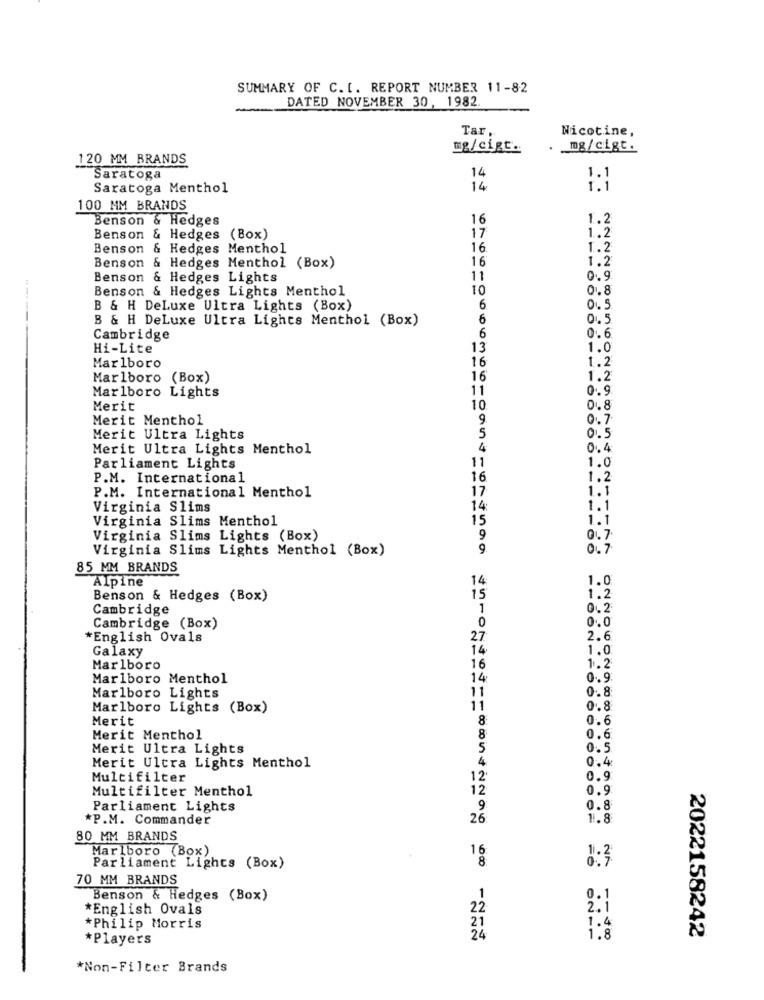
SUMMARY OF C.[. REPORT NUMBER 11-82
DATED NOVEMBER 30, 1982.
Tar
Nicotine,
mg/cigt.
mg/cigt.
120 MM BRANDS
Saratoga
14
1.1
Saratoga Menthol
14
1.1
100 MM BRANDS
Benson & Hedges
16
1.2
1.2
Benson & Hedges (Box)
17
Benson & Hedges Menthol
16
1.2
16
1.2
Benson & Hedges Menthol (Box)
Benson & Hedges Lights
11
0.9
Benson & Hedges Lights Menthol
10
01.8
B & H DeLuxe Ultra Lights (Box)
6.
0. 5
B & H DeLuxe Ultra Lights Menthol (Box)
6
Cambridge
6
0.6
Hi-Lite
13
1.0
16
1.2
Marlboro
Marlboro (Box)
16
1.2
11
0.9
Marlboro Lights
Merit
10
0.8
Merit Menthol
9.
0.7
Merit Ultra Lights
5
0.5
Merit Ultra Lights Menthol
4
0.4
Parliament Lights
11
1.0
P.M. International
16
1.2
17
1.1
P.M. International Menthol
Virginia Slims
14
1.1
Virginia Slims Menthol
15
1.1
Virginia Slims Lights (Box)
9
0.7
Virginia Slims Lights Menthol (Box)
9.
0. 7
85 MM BRANDS
Alpine
14
1.0
Benson & Hedges (Box)
15
1:2
Cambridge
1
012
0
0.0
Cambridge (Box)
*English Ovals
27
2.6
Galaxy
14
1.0
Marlboro
16
1.2
Marlboro Menthol
14
0.9.
0.8
Marlboro Lights
11
Marlboro Lights (Box)
11
0.8
Merit
8
0.6
Merit Menthol
8
0.6
Merit Ultra Lights
5
0.5
4
0.4
Merit Ultra Lights Menthol
Multifilter
12
0.9
Multifilter Menthol
12
0.9
Parliament Lights
9
0.8
*P.M. Commander
26
1.8
80 MM BRANDS
Marlboro (Box)
16
0:3
Parliament Lights (Box)
8
70 MM BRANDS
Benson & Hedges (Box)
0.1
*English Ovals
22
1.4
*Philip Morris
*Players
24
1.8
2022158242
*Non-Filter Brands